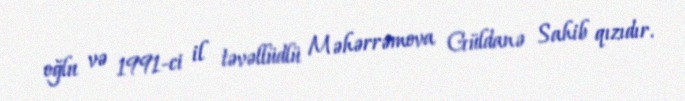
oğlu və 1991-ci il təvəllüdlü Məhərrəmova Güldanə Sahib qızıdır.